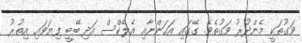
ވަގުތަކީ މެންދުރު ވަގުތެވެ. ގޭގައި އަހަންނާއި އެލެކްސް އަދި ބޭބީ ފިޔަވައި އިތުރު